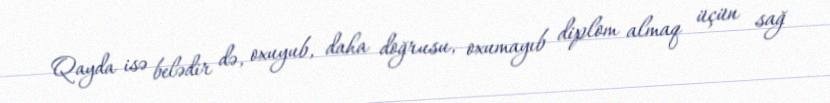
Qayda isə belədir də, oxuyub, daha doğrusu, oxumayıb diplom almaq üçün sağ